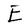
Character: E